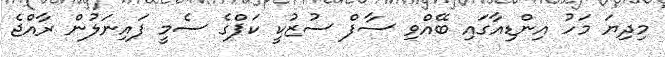
މިދިޔަ މަހު އިންޑިއާގައި ބޭއްވި ސާފް ސުޒުކީ ކަޕްގެ ސެމީ ފައިނަލުން ރާއްޖެ